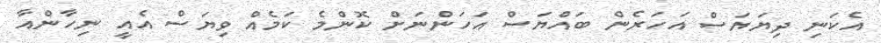
އެކަނި ދިޔަޔަސް އަހަރެން ބައްޔަސް އަހަންނަށް ކޮންމެ ކަމެއް ވިޔަސް އެއީ ނިހާންއާ